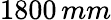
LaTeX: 1800\, mm